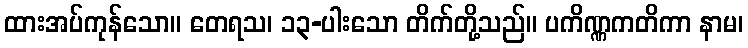
ထားအပ်ကုန်သော။ တေရသ၊ ၁၃-ပါးသော တိက်တို့သည်။ ပကိဏ္ဏကတိကာ နာမ၊